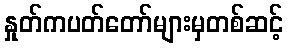
နှုတ်ကပတ်တော်များမှတစ်ဆင့်